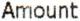
AMOUNT